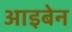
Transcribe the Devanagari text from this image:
आइबेन